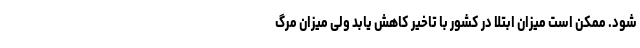
شود. ممکن است میزان ابتلا در کشور با تاخیر کاهش یابد ولی میزان مرگ